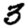
Digit: 3